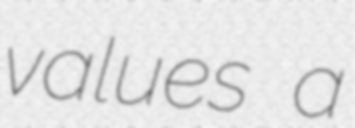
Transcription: values a